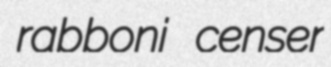
rabboni censer